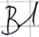
Text: B1